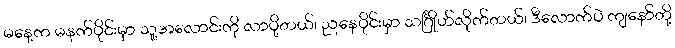
မနေ့က မနက်ပိုင်းမှာ သူ့အလောင်းကို လာပို့တယ်၊ ညနေပိုင်းမှာ သင်္ဂြိုဟ်လိုက်တယ်၊ ဒီလောက်ပဲ ကျနော်တို့